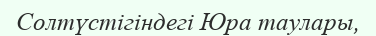
Солтүстігіндегі Юра таулары,